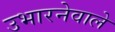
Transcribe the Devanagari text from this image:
उभारनेवाले